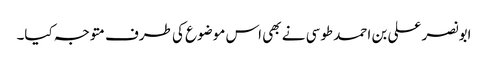
ابونصر علی بن احمد طوسی نے بھی اس موضوع کی طرف متوجہ کیا۔